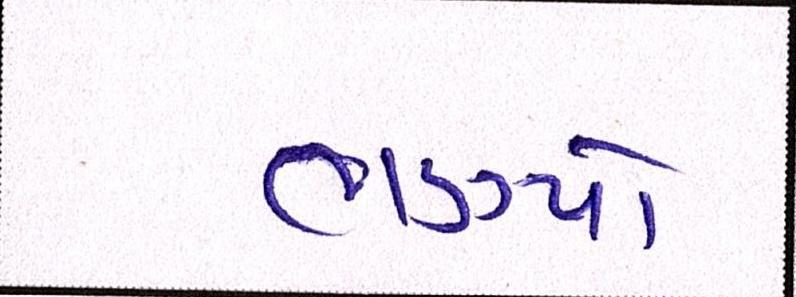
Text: ભણ્યા